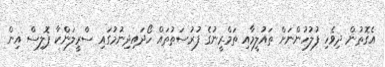
އެގޮތުން ދިވެހި ފުލުހުންނަށް ތައުލީމާއި ތަމްރީނުގެ ފުރުސަތުތައް ހޯދައިދިނުމުގައި ސްރީލަންކާ ޕޮލިސް އިން